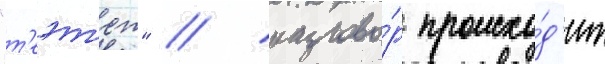
"т'еэт'ет" / разгово́р происхо́д'ит